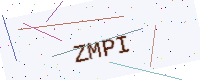
Text: ZMPI